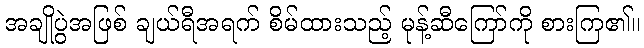
အချိုပွဲအဖြစ် ချယ်ရီအရက် စိမ်ထားသည့် မုန့်ဆီကြော်ကို စားကြ၏။